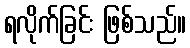
ရလိုက်ခြင်း ဖြစ်သည်။